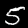
Label: 5